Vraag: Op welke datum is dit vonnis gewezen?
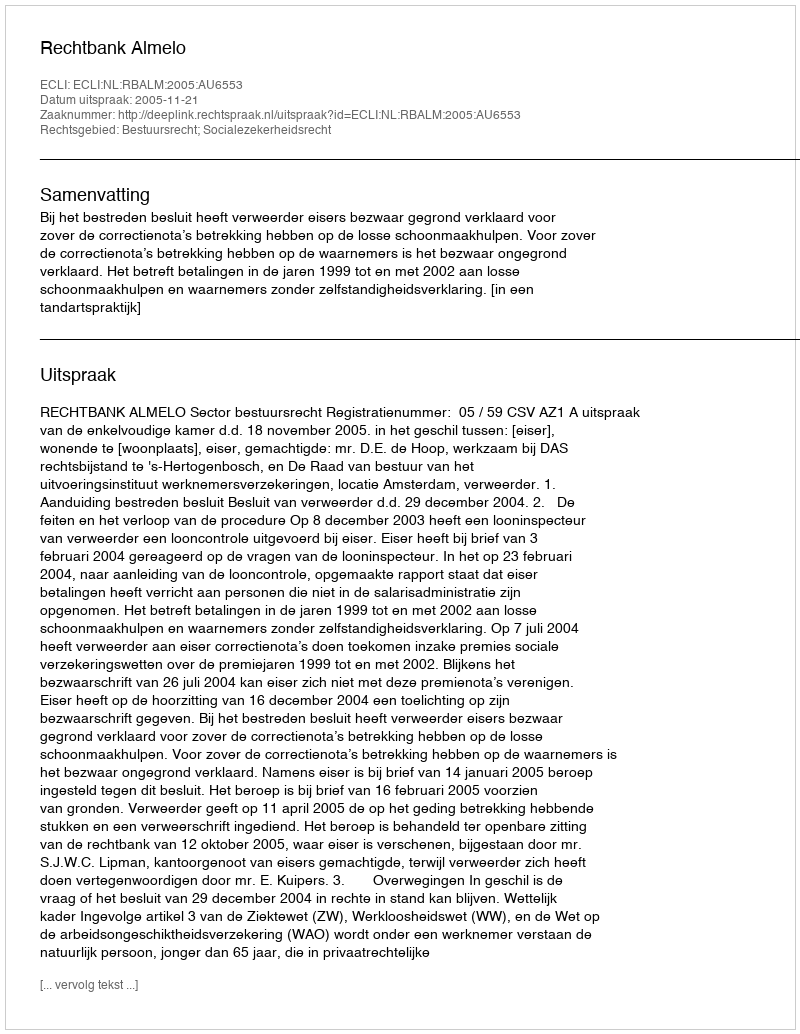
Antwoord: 2005-11-21